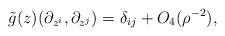
LaTeX: \begin{align*}\tilde{g}(z)(\partial_{z^i},\partial_{z^j})=\delta_{ij}+O_4(\rho^{-2}),\end{align*}